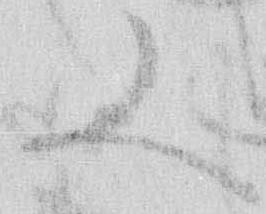
又